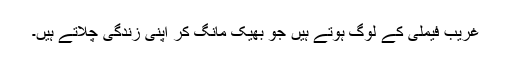
غریب فیملی کے لوگ ہوتے ہیں جو بھیک مانگ کر اپنی زندگی چلاتے ہیں۔